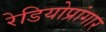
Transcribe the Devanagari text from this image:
रेडियोप्रांगार